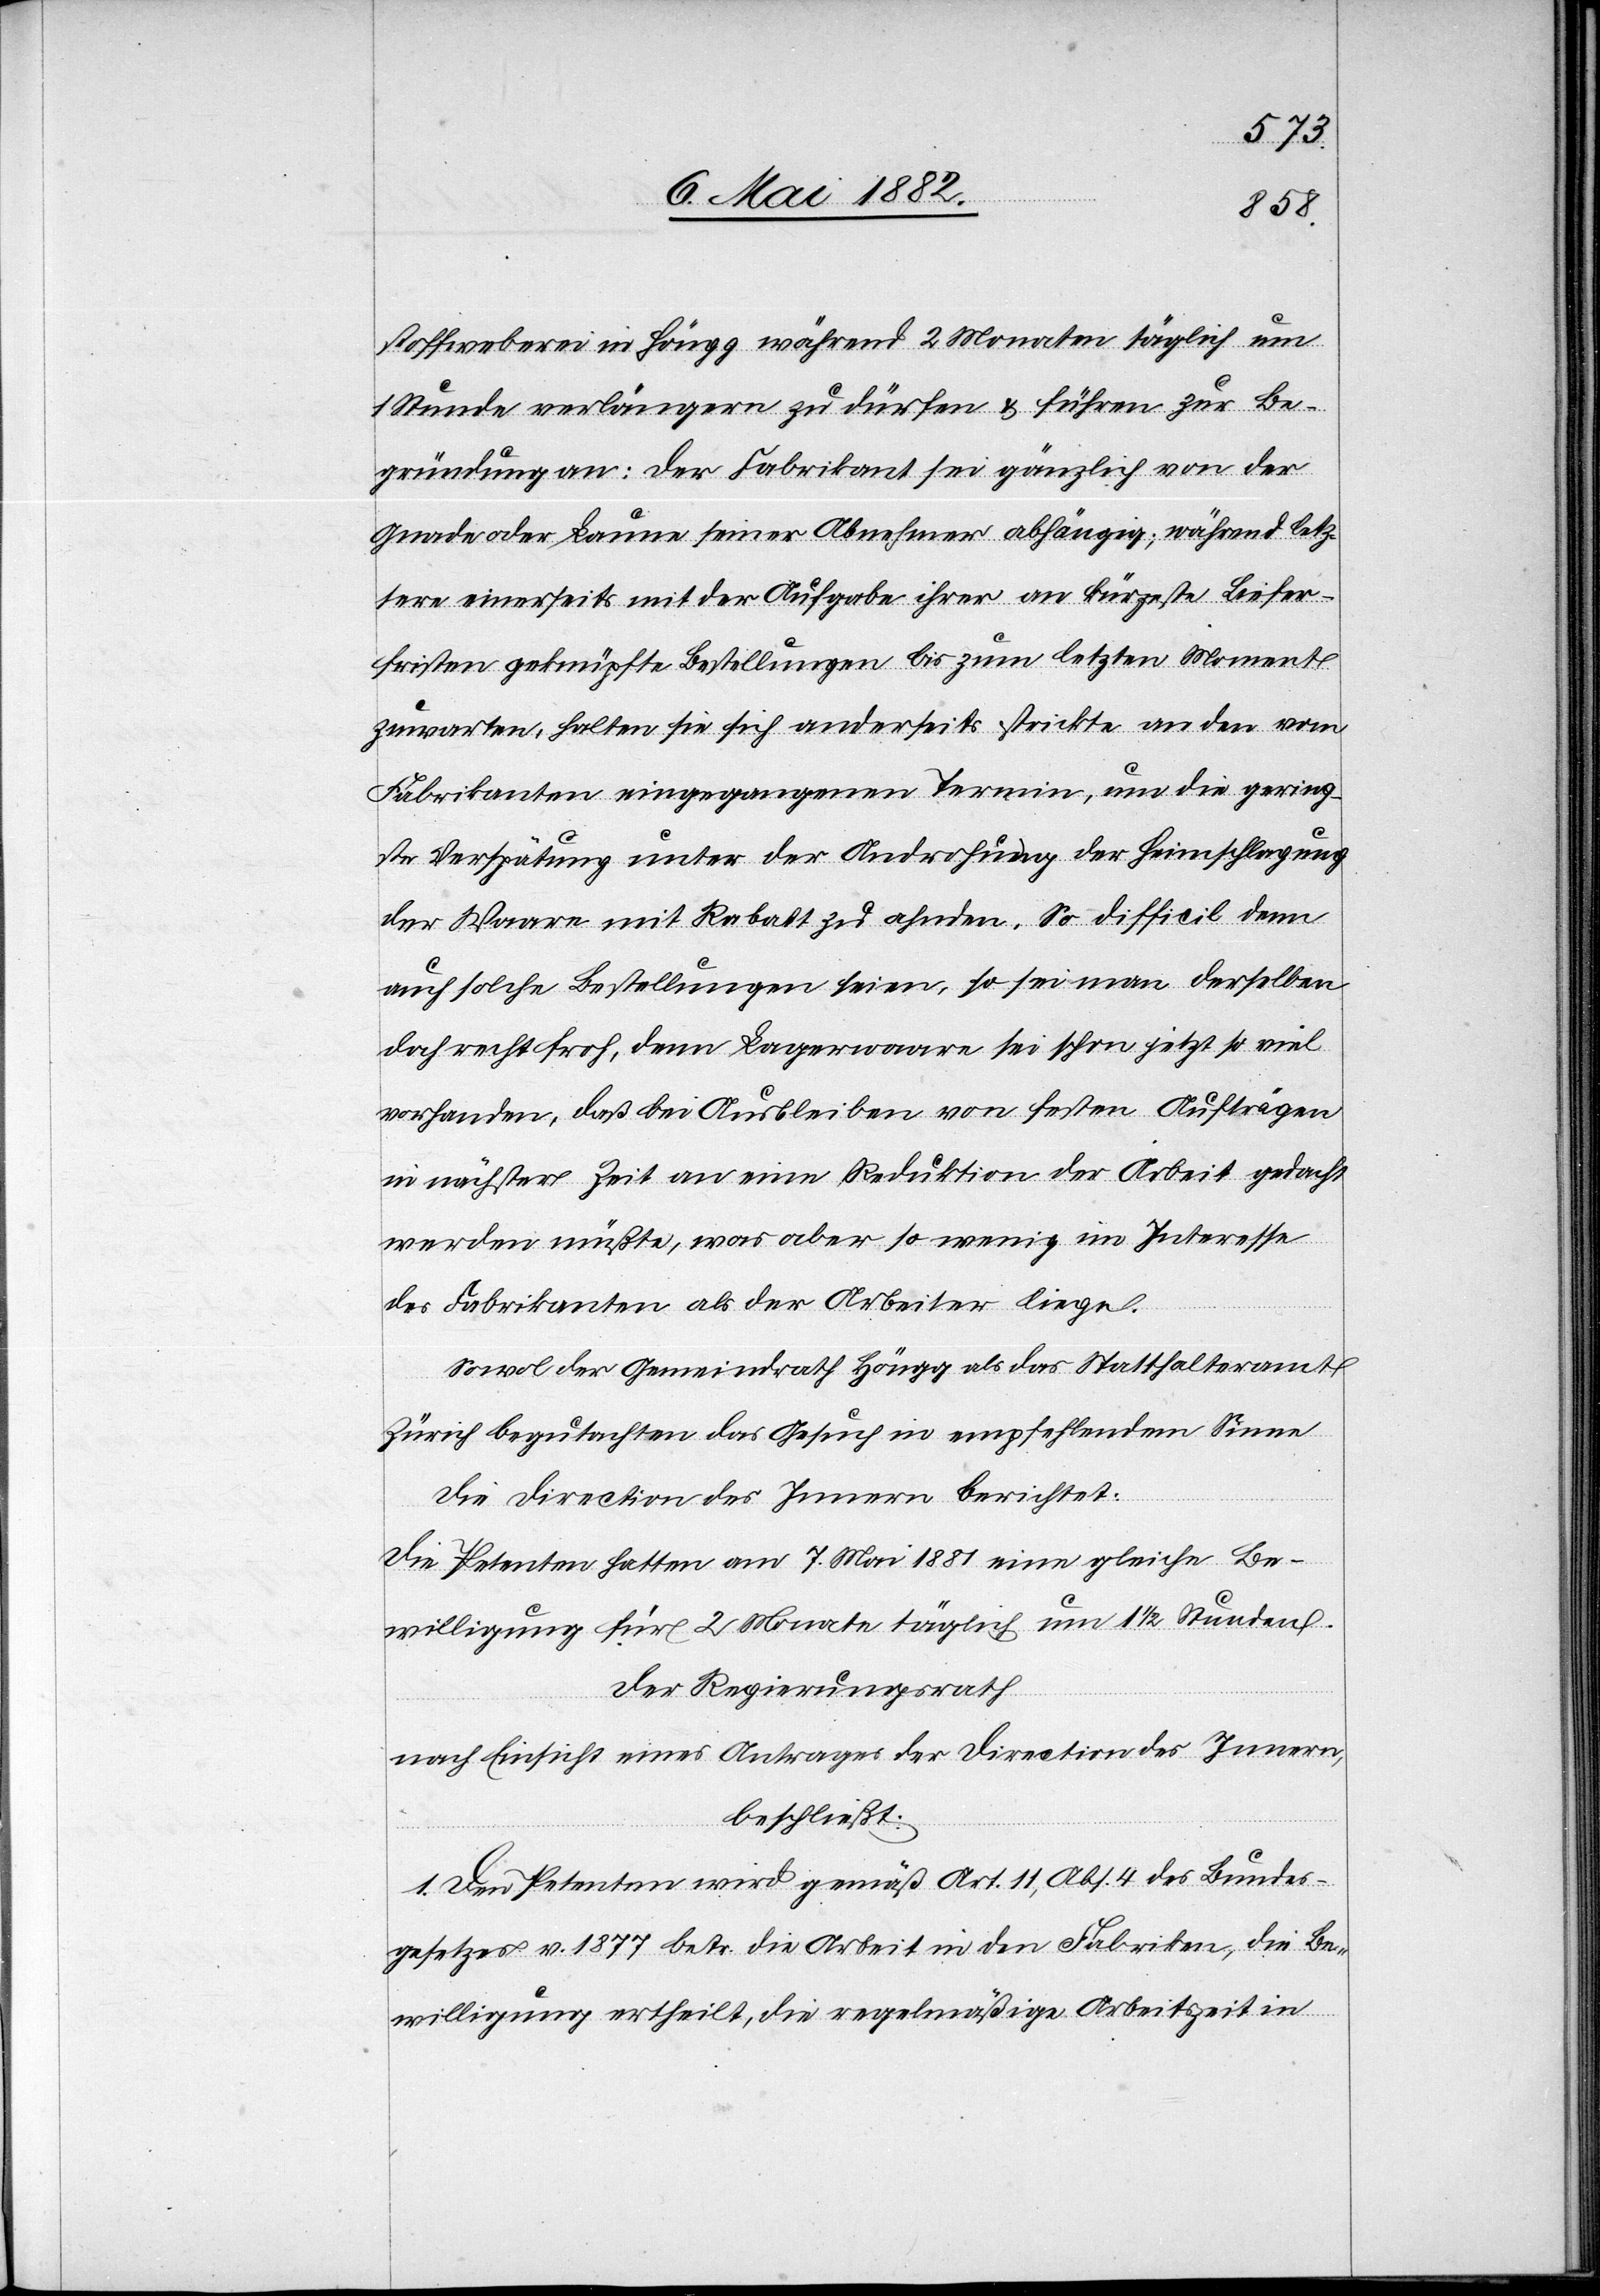
stoffweberei in Höngg während 2 Monaten täglich um
1 Stunde verlängern zu dürfen & führen zur Be¬
gründung an: der Fabrikant sei gänzlich von der
Gnade oder Laune seiner Abnehmer abhängig; während letz¬
tere einerseits mit der Aufgabe ihrer an kürzeste Liefer¬
fristen geknüpfte[n] Bestellungen bis zum letzten Moment
zuwarten, halten sie sich anderseits strickte an den vom
Fabrikanten eingegangenen Termin, um die gering¬
ste Verspätung unter der Androhung der Heimschlagung
der Waare mit Rabatt zu ahnden. So difficil denn
auch solche Bestellungen seien, so sei man derselben
doch recht froh, denn Lagerwaare sei schon jetzt so viel
vorhanden, daß bei Ausbleiben von festen Aufträgen
in nächster Zeit an eine Reduktion der Arbeit gedacht
werden müßte, was aber so wenig im Interesse
des Fabrikanten als der Arbeiter liege.
Sowol der Gemeindrath Höngg als das Statthalteramt
Zürich begutachten das Gesuch in empfehlendem Sinne.
Die Direction des Innern berichtet:
Die Petenten hatten am 7. Mai 1881 eine gleiche Be¬
willigung für 2 Monate täglich um 1 1/2 Stunden.
Der Regierungsrath
nach Einsicht eines Antrages der Direction des Innern,
beschließt:
1. Den Petenten wird gemäß Art. 11, Abs. 4 des Bundes¬
gesetzes v. 1877 betr. die Arbeit in den Fabriken, die Be¬
willigung ertheilt, die regelmäßige Arbeitszeit in